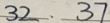
3 2 、 3 7